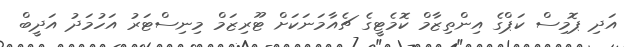
އަދި ޕޮމިސް ކަޕްގެ އިންތިޒާމް ކޮމެޓީގެ ޗެއާމަނަކަށް ޓޫރިޒަމް މިނިސްޓަރު އަހުމަދު އަދީބް